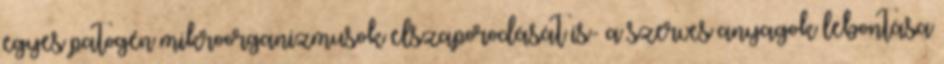
egyes patogén mikroorganizmusok elszaporodását is- a szerves anyagok lebontása